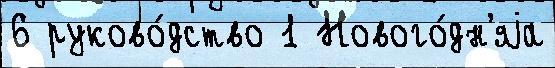
6 руково́дство 1 Нового́дн'яjа